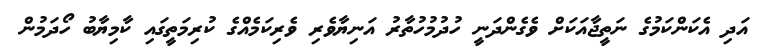
އަދި އެކަންކަމުގެ ނަތީޖާއަކަށް ވެގެންދަނީ ހުދުމުހުތާރު އަނިޔާވެރި ވެރިކަމެއްގެ ކުރިމަތީގައި ކާމިޔާބު ހޯދަމުން